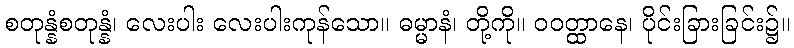
စတုန္နံစတုန္နံ၊ လေးပါး လေးပါးကုန်သော။ ဓမ္မာနံ၊ တို့ကို။ ဝဝတ္ထာနေ၊ ပိုင်းခြားခြင်း၌။